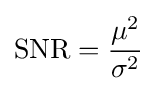
\mathrm {SNR} ={\frac {\mu ^{2}}{\sigma ^{2}}}